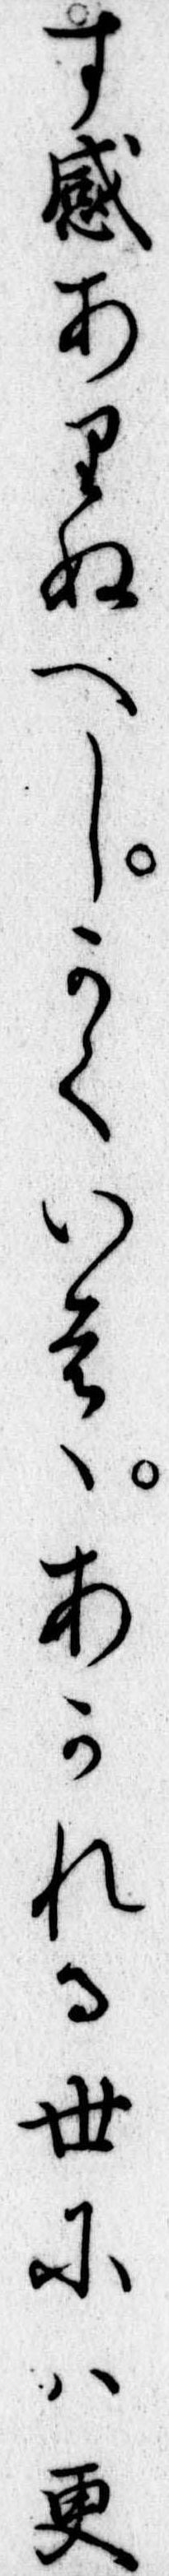
す感ありぬへしかくいはあかれる世には更